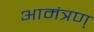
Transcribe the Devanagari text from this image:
आमंत्रण्